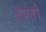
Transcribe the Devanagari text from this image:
तपतो